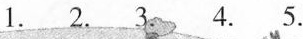
1. 2. 3 4. 5.